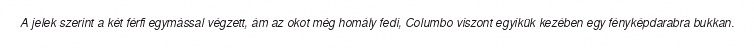
A jelek szerint a két férfi egymással végzett, ám az okot még homály fedi, Columbo viszont egyikük kezében egy fényképdarabra bukkan.